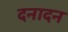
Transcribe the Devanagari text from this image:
दनादन